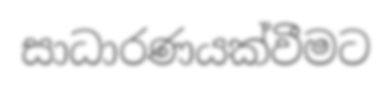
සාධාරණයක්වීමට